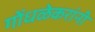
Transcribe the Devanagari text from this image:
गोंधळेकरांनी